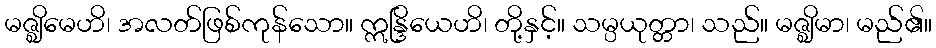
မဇ္ဈိမေဟိ၊ အလတ်ဖြစ်ကုန်သော။ ဣန္ဒြိယေဟိ၊ တို့နှင့်။ သမ္ပယုတ္တာ၊ သည်။ မဇ္ဈိမာ၊ မည်၏။